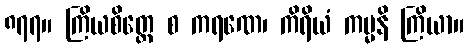
၈၇၇။ ကြိယစိတ္တေ စ ကရဏေ၊ ကိရိယံ ကမ္မနိ ကြိယာ။